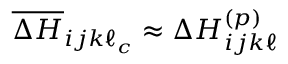
\overline { { \Delta H } } _ { i j k \ell _ { c } } \approx \Delta H _ { i j k \ell } ^ { ( p ) }